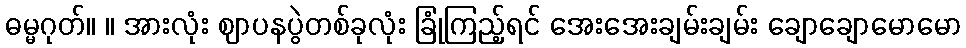
ဓမ္မဂုတ်။ ။ အားလုံး ဈာပနပွဲတစ်ခုလုံး ခြုံကြည့်ရင် အေးအေးချမ်းချမ်း ချောချောမောမော